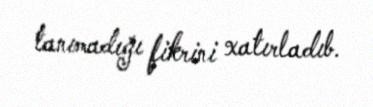
tanımadığı fikrini xatırladıb.